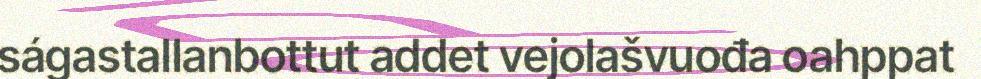
ságastallanbottut addet vejolašvuođa oahppat